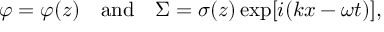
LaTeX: \varphi = \varphi ( z ) \ \ \ \mathrm { a n d } \ \ \ \Sigma = \sigma ( z ) \exp [ i ( k x - \omega t ) ] ,